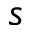
s